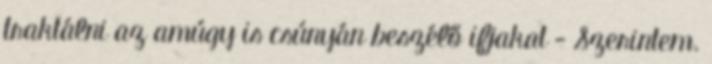
traktálni az amúgy is csúnyán beszélő ifjakat - Szerintem.